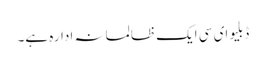
ڈبلیو ای سی ایک ظالمانہ ادارہ ہے۔